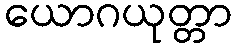
ယောဂယုတ္တာ